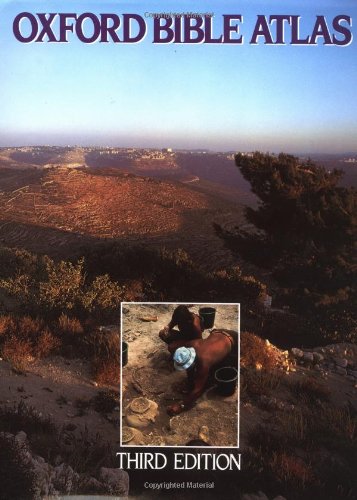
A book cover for Oxford Bible Atlas; Christian Books & Bibles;